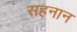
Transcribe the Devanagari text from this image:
सहनान